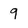
Character: 9